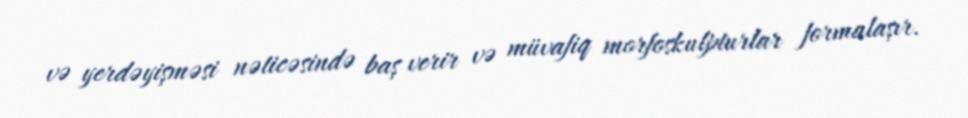
və yerdəyişməsi nəticəsində baş verir və müvafiq morfoskulpturlar formalaşır.